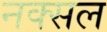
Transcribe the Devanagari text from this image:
नक्‍सल